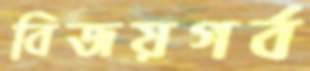
বিজয়গর্ব